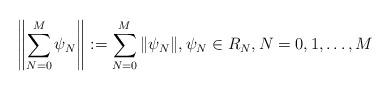
LaTeX: \begin{align*}\left\Vert\sum_{N=0}^M\psi_N\right\Vert:=\sum_{N=0}^M \Vert\psi_N\Vert, \psi_N\in R_N, N=0,1,\dots,M\end{align*}